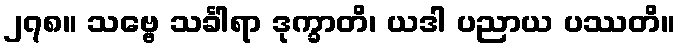
၂၇၈။ သဗ္ဗေ သင်္ခါရာ ဒုက္ခာတိ၊ ယဒါ ပညာယ ပဿတိ။